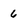
Character: 6